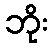
ဘိုး